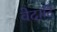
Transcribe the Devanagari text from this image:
वेदादि